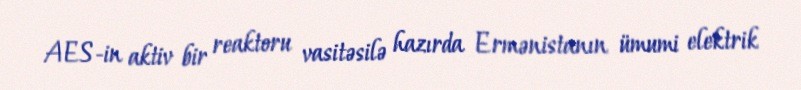
AES-in aktiv bir reaktoru vasitəsilə hazırda Ermənistanın ümumi elektrik